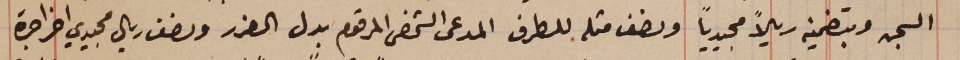
السجن وبتضمينه ريالاً مجيدياً ونصف مثله للطرف المدعى الشخصى المرقوم بدل الضرر ونصف ريال مجيدي اخر اجرة